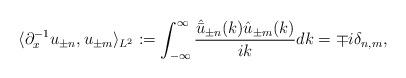
LaTeX: \begin{align*}\langle \partial_{x}^{-1} u_{\pm n}, u_{\pm m} \rangle_{L^2} :=\int_{-\infty}^{\infty} \frac{\hat{\bar{u}}_{\pm n}(k) \hat{u}_{\pm m}(k)}{i k} dk = \mp i \delta_{n,m},\end{align*}